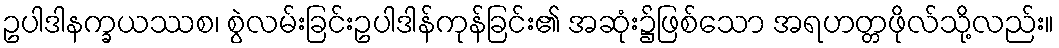
ဥပါဒါနက္ခယဿစ၊ စွဲလမ်းခြင်းဥပါဒါန်ကုန်ခြင်း၏ အဆုံး၌ဖြစ်သော အရဟတ္တဖိုလ်သို့လည်း။